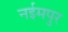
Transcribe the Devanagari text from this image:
नईमपुर